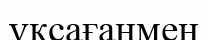
ұқсағанмен